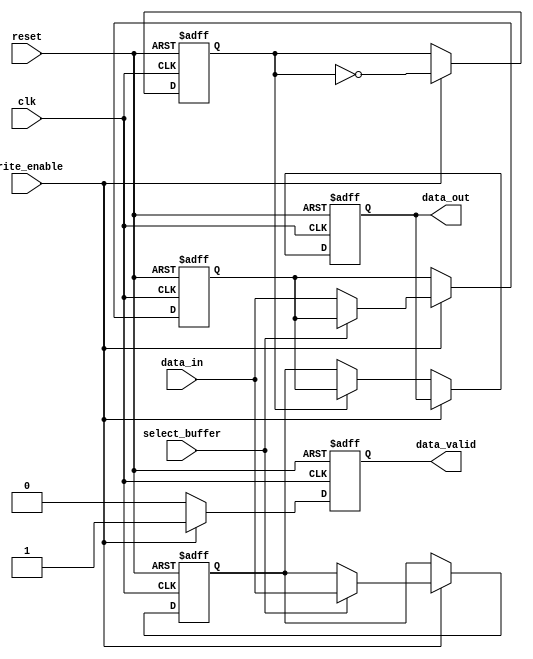
module double_buffer_register (
    input wire clk,                // Clock signal
    input wire reset,              // Reset signal
    input wire write_enable,       // Write enable signal
    input wire select_buffer,      // Control signal to select buffer (0 for Buffer A, 1 for Buffer B)
    input wire [15:0] data_in,     // Data input
    output reg [15:0] data_out,    // Data output
    output reg data_valid          // Data valid signal
);

    // Two buffers to hold the data
    reg [15:0] buffer_a;
    reg [15:0] buffer_b;

    // State to track the currently active buffer for reading
    reg current_buffer; // 0 for Buffer A, 1 for Buffer B

    // Sequential logic for writing data to the selected buffer
    always @(posedge clk or posedge reset) begin
        if (reset) begin
            // Reset buffers and output
            buffer_a <= 16'b0;
            buffer_b <= 16'b0;
            data_out <= 16'b0;
            data_valid <= 1'b0;
            current_buffer <= 1'b0; // Start with Buffer A
        end else begin
            if (write_enable) begin
                // Write data to the selected buffer
                if (select_buffer == 1'b0) begin
                    buffer_a <= data_in;
                end else begin
                    buffer_b <= data_in;
                end
                // After writing, switch the current buffer
                current_buffer <= ~current_buffer;
                // Assert data valid signal
                data_valid <= 1'b1;
            end else begin
                // Read data from the buffer that is not currently being written to
                if (current_buffer == 1'b0) begin
                    data_out <= buffer_b; // Read from Buffer B
                end else begin
                    data_out <= buffer_a; // Read from Buffer A
                end
                // Deassert data valid signal until next write
                data_valid <= 1'b0;
            end
        end
    end

endmodule